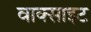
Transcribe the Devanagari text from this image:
वाक्साइट